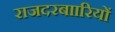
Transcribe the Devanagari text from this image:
राजदरबाारियों